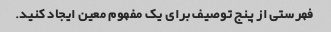
فهرستی از پنج توصیف برای یک مفهوم معین ایجاد کنید.